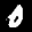
Label: 0